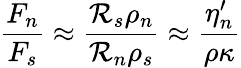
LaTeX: \frac{F_{n}}{F_{s}}\approx\frac{{\cal R}_{s}\rho_{n}}{{\cal R}_{n}\rho_{s}}\approx\frac{\eta_{n}^{\prime}}{\rho\kappa}